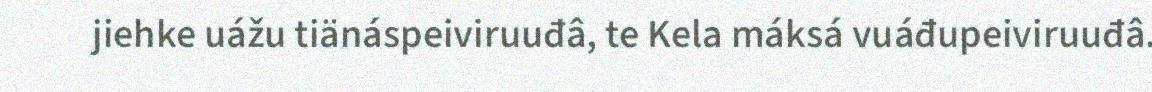
jiehke uážu tiänáspeiviruuđâ, te Kela máksá vuáđupeiviruuđâ.